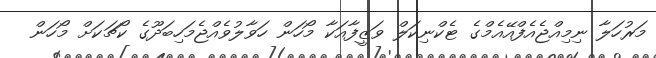
މަރުހަލާ ނިމިއްޖެއެފްއޭއެމްގެ ޓެކްނިކަލް ވަޒީފާއަކާ މޯހަން ހަވާލުވެއްޖެމަހިބަދޫގެ ކޯޗަކަށް މޯހަން